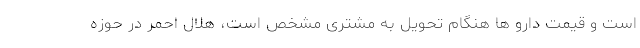
است و قیمت دارو ها هنگام تحویل به مشتری مشخص است، هلال احمر در حوزه